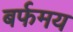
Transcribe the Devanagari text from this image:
बर्फमय